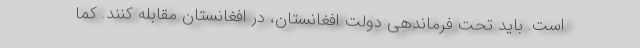
است. باید تحت فرماندهی دولت افغانستان، در افغانستان مقابله کنند. کما